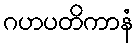
ဂဟပတိကာနံ